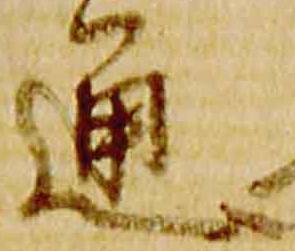
通